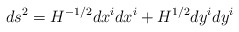
\begin{align*}ds^2=H^{-1/2}dx^i dx^i+H^{1/2}dy^i dy^i\end{align*}